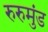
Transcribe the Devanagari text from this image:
रुरुमुंड